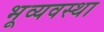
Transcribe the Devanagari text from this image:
भूव्यवस्था